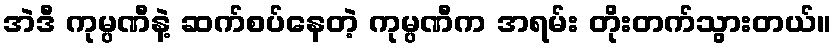
အဲဒီ ကုမ္ပဏီနဲ့ ဆက်စပ်နေတဲ့ ကုမ္ပဏီက အရမ်း တိုးတက်သွားတယ်။